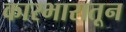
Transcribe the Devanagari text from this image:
कारभारातून